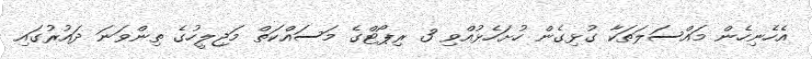
އެހެނިހެން މައްސަލަތަކާ ގުޅިގެން ހުށަހެޅުއްވި 3 ރިޕޯޓްގެ މަސައްކަތް މަޖިލީހުގެ ތިންވަނަ ދައުރުގައި